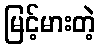
မြင့်မားတဲ့